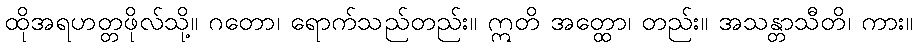
ထိုအရဟတ္တဖိုလ်သို့။ ဂတော၊ ရောက်သည်တည်း။ ဣတိ အတ္ထော၊ တည်း။ အသန္တာသီတိ၊ ကား။